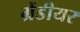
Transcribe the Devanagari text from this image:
ग्रैंडीयर